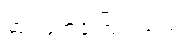
ဆုံးဖြတ်ခဲ့ကြပါသည်